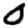
Digit: 0